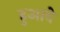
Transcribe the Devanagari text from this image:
हुआवे